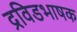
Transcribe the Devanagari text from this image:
द्रविडभाषक